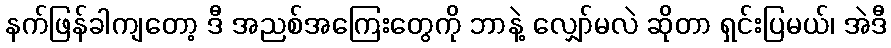
နက်ဖြန်ခါကျတော့ ဒီ အညစ်အကြေးတွေကို ဘာနဲ့ လျှော်မလဲ ဆိုတာ ရှင်းပြမယ်၊ အဲဒီ